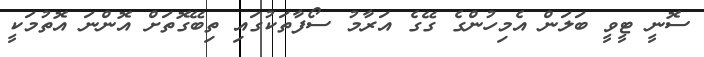
ސޮނީ ޓީވީ ބަލަން އެމިހުންގެ ގޭގެ އަރާމު ސޯފާތަކުގައި ތިބޭގޮތަށް އޮންނަ އޮތުމަކީ